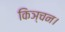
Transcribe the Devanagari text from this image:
किञ्चन।